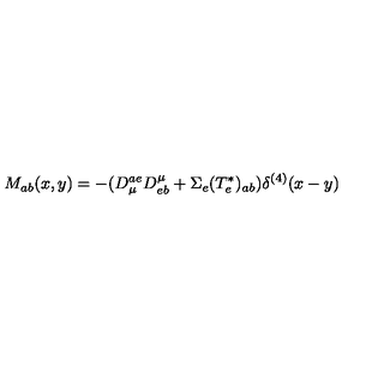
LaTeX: M _ { a b } ( x , y ) = - ( D _ { \mu } ^ { a e } D _ { e b } ^ { \mu } + \Sigma _ { e } ( T _ { e } ^ { \ast } ) _ { a b } ) \delta ^ { ( 4 ) } ( x - y )